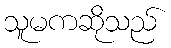
သူမကဆိုသည်